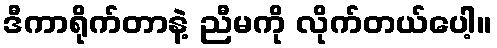
ဒီကာရိုက်တာနဲ့ ညီမကို လိုက်တယ်ပေါ့။